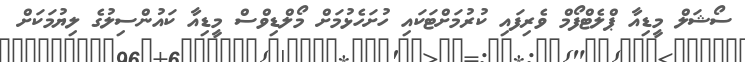
ސޯޝަލް މީޑިއާ ޕްލެޓްފޯމް ވެރިފައި ކުރުމަށްޓަކައި ހުށަހެޅުމަށް މޯލްޑިވްސް މީޑިއާ ކައުންސިލުގެ ލިޔުމަކަށް